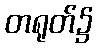
တရုတ်၌